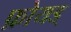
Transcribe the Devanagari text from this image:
फ़ोयड्